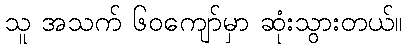
သူ အသက် ၆၀ကျော်မှာ ဆုံးသွားတယ်။